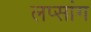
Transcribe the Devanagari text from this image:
लप्सांग